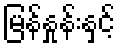
မြန်နှုန်းနှင့်